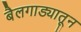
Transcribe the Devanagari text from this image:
बैलगाड्यातून